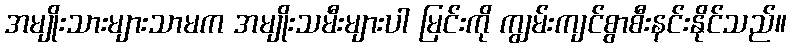
အမျိုးသားများသာမက အမျိုးသမီးများပါ မြင်းကို ကျွမ်းကျင်စွာစီးနင်းနိုင်သည်။